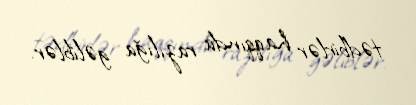
tədbirlər haqqında razılığa gəliblər.